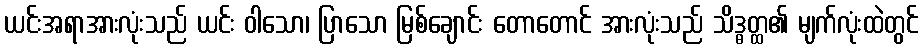
ယင်းအရာအားလုံးသည် ယင်း ဝါသော၊ ပြာသော မြစ်ချောင်း တောတောင် အားလုံးသည် သိဒ္ဓတ္ထ၏ မျက်လုံးထဲတွင်